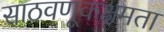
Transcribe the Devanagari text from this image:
साठवणूकक्षमता